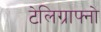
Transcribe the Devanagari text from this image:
टेलिग्राफ्नो